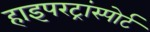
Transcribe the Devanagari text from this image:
हाइपरट्रांस्पोर्ट